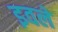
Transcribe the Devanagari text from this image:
इवले